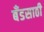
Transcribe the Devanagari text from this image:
बँडसाठी